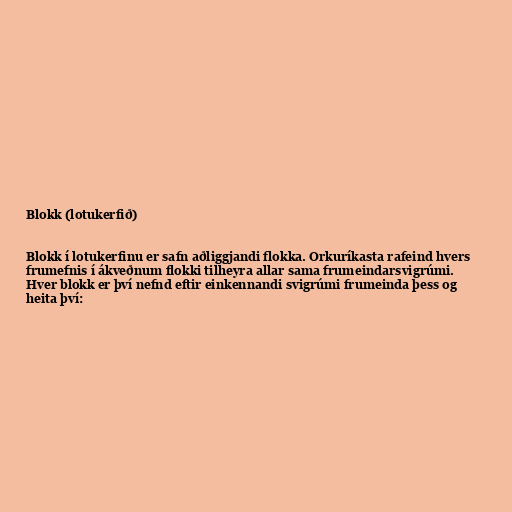
Blokk (lotukerfið)

Blokk í lotukerfinu er safn aðliggjandi flokka. Orkuríkasta rafeind hvers
frumefnis í ákveðnum flokki tilheyra allar sama frumeindarsvigrúmi.
Hver blokk er því nefnd eftir einkennandi svigrúmi frumeinda þess og
heita því: